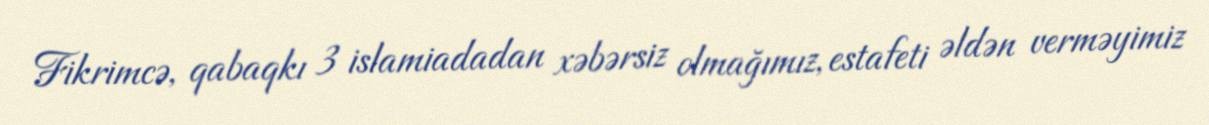
Fikrimcə, qabaqkı 3 islamiadadan xəbərsiz olmağımız, estafeti əldən verməyimiz